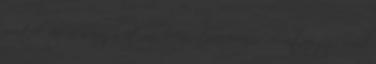
mertek vágni a nagy útnak, Ausztria, Svájc, Németország, mind